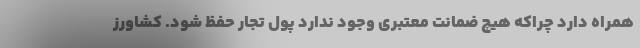
همراه دارد چراکه هیچ ضمانت معتبری وجود ندارد پول تجار حفظ شود. کشاورز